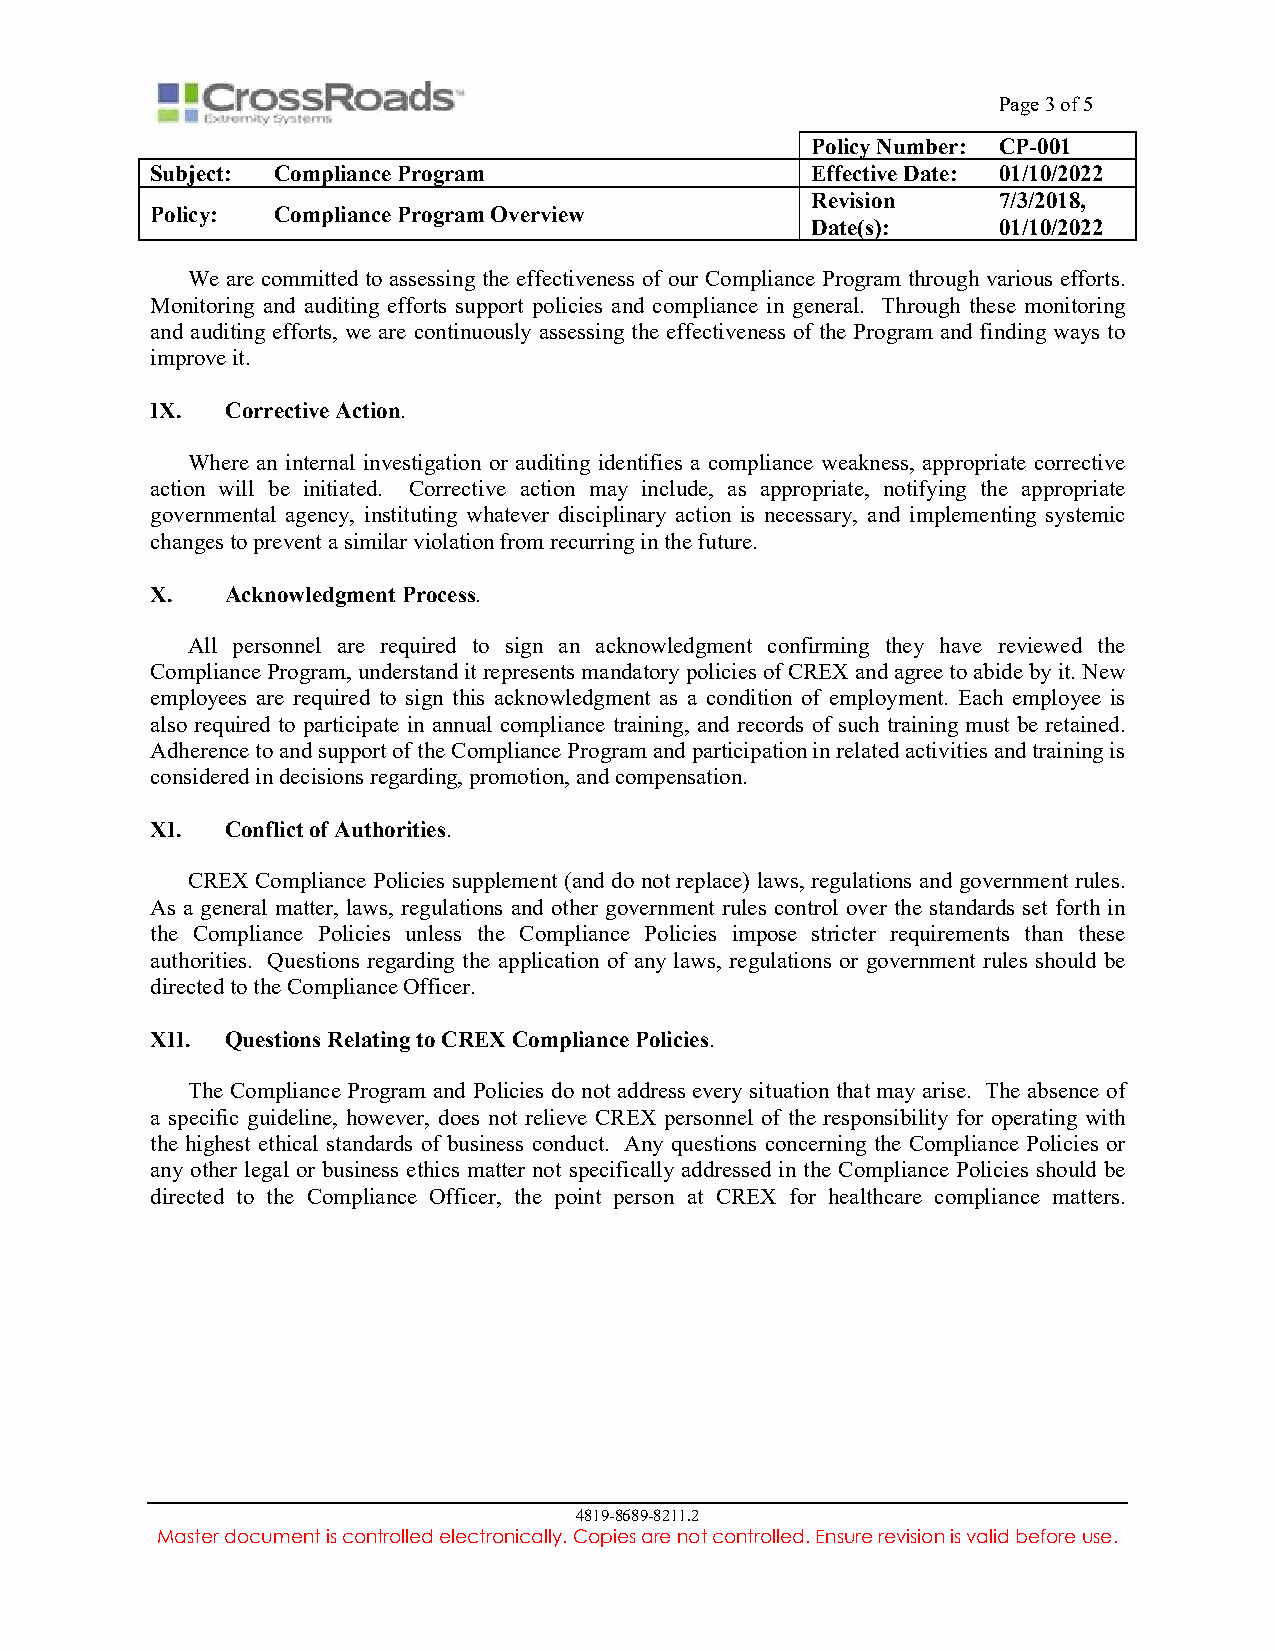
Page 3 of 5
 Policy Number: CP-001
 Subject: Compliance Program                 Effective Date: 01/10/2022
 Revision    7/3/2018,
 Policy: Compliance Program Overview
 Date(s):    01/10/2022
 We are committed to assessing the effectiveness of our Compliance Program through various efforts.
 Monitoring and auditing efforts support policies and compliance in general. Through these monitoring
 and auditing efforts, we are continuously assessing the effectiveness of the Program and finding ways to
 improve it.
 IX.  Corrective Action.
 Where an internal investigation or auditing identifies a compliance weakness, appropriate corrective
 action will be initiated. Corrective action may include, as appropriate, notifying the appropriate
 governmental agency, instituting whatever disciplinary action is necessary, and implementing systemic
 changes to prevent a similar violation from recurring in the future.
 X.   Acknowledgment Process.
 All personnel are required to sign an acknowledgment confirming they have reviewed the
 Compliance Program, understand it represents mandatory policies of CREX and agree to abide by it. New
 employees are required to sign this acknowledgment as a condition of employment. Each employee is
 also required to participate in annual compliance training, and records of such training must be retained.
 Adherence to and support of the Compliance Program and participation in related activities and training is
 considered in decisions regarding, promotion, and compensation.
 XI.  Conflict of Authorities.
 CREX Compliance Policies supplement (and do not replace) laws, regulations and government rules.
 As a general matter, laws, regulations and other government rules control over the standards set forth in
 the Compliance Policies unless the Compliance Policies impose stricter requirements than these
 authorities. Questions regarding the application of any laws, regulations or government rules should be
 directed to the Compliance Officer.
 XII. Questions Relating to CREX Compliance Policies.
 The Compliance Program and Policies do not address every situation that may arise. The absence of
 a specific guideline, however, does not relieve CREX personnel of the responsibility for operating with
 the highest ethical standards of business conduct. Any questions concerning the Compliance Policies or
 any other legal or business ethics matter not specifically addressed in the Compliance Policies should be
 directed to the Compliance Officer, the point person at CREX for healthcare compliance matters.
 4819-8689-8211.2
 Master document is controlled electronically. Copies are not controlled. Ensure revision is valid before use.